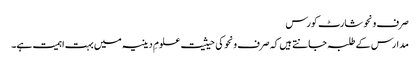
صرف ونحو شارٹ کورس
مدارس کے طلبہ جانتے ہیں کہ صرف ونحو کی حیثیت علومِ دینیہ میں بہت اہمیت ہے۔